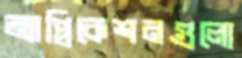
অ্যাপ্লিকেশনগুলো